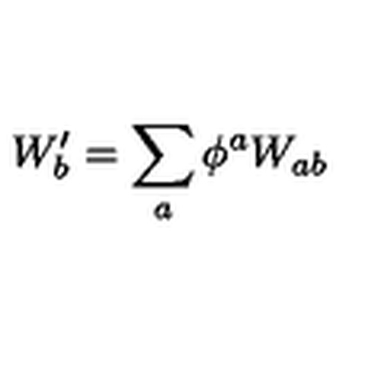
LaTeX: W _ { b } ^ { \prime } = \sum _ { a } \phi ^ { a } W _ { a b }